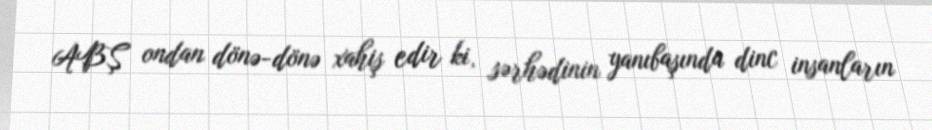
ABŞ ondan dönə-dönə xahiş edir ki, sərhədinin yanıbaşında dinc insanların